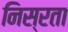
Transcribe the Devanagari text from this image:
निस्रता